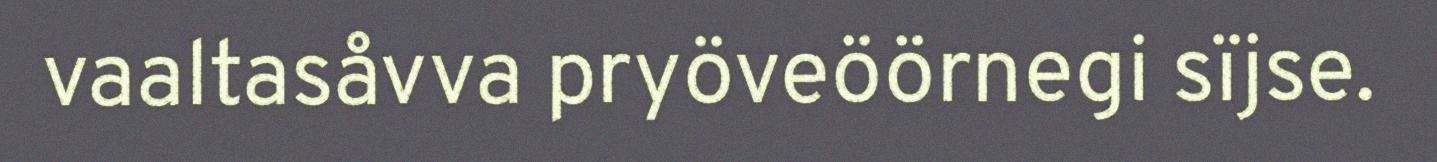
vaaltasåvva pryöveöörnegi sïjse.